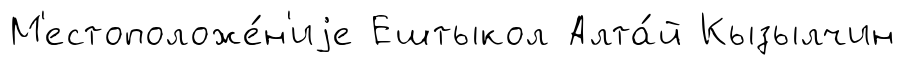
М'естоположе́н'иjе Ештыкол Алта́й Кызылчин